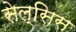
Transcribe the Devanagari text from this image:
सेल्सिस